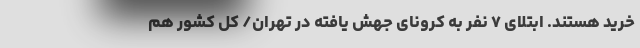
خرید هستند. ابتلای ۷ نفر به کرونای جهش یافته در تهران/ کل کشور هم